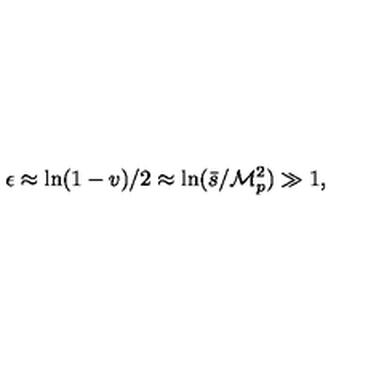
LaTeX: \epsilon \approx \ln ( 1 - v ) / 2 \approx \ln ( \bar { s } / { \cal M } _ { p } ^ { 2 } ) \gg 1 ,